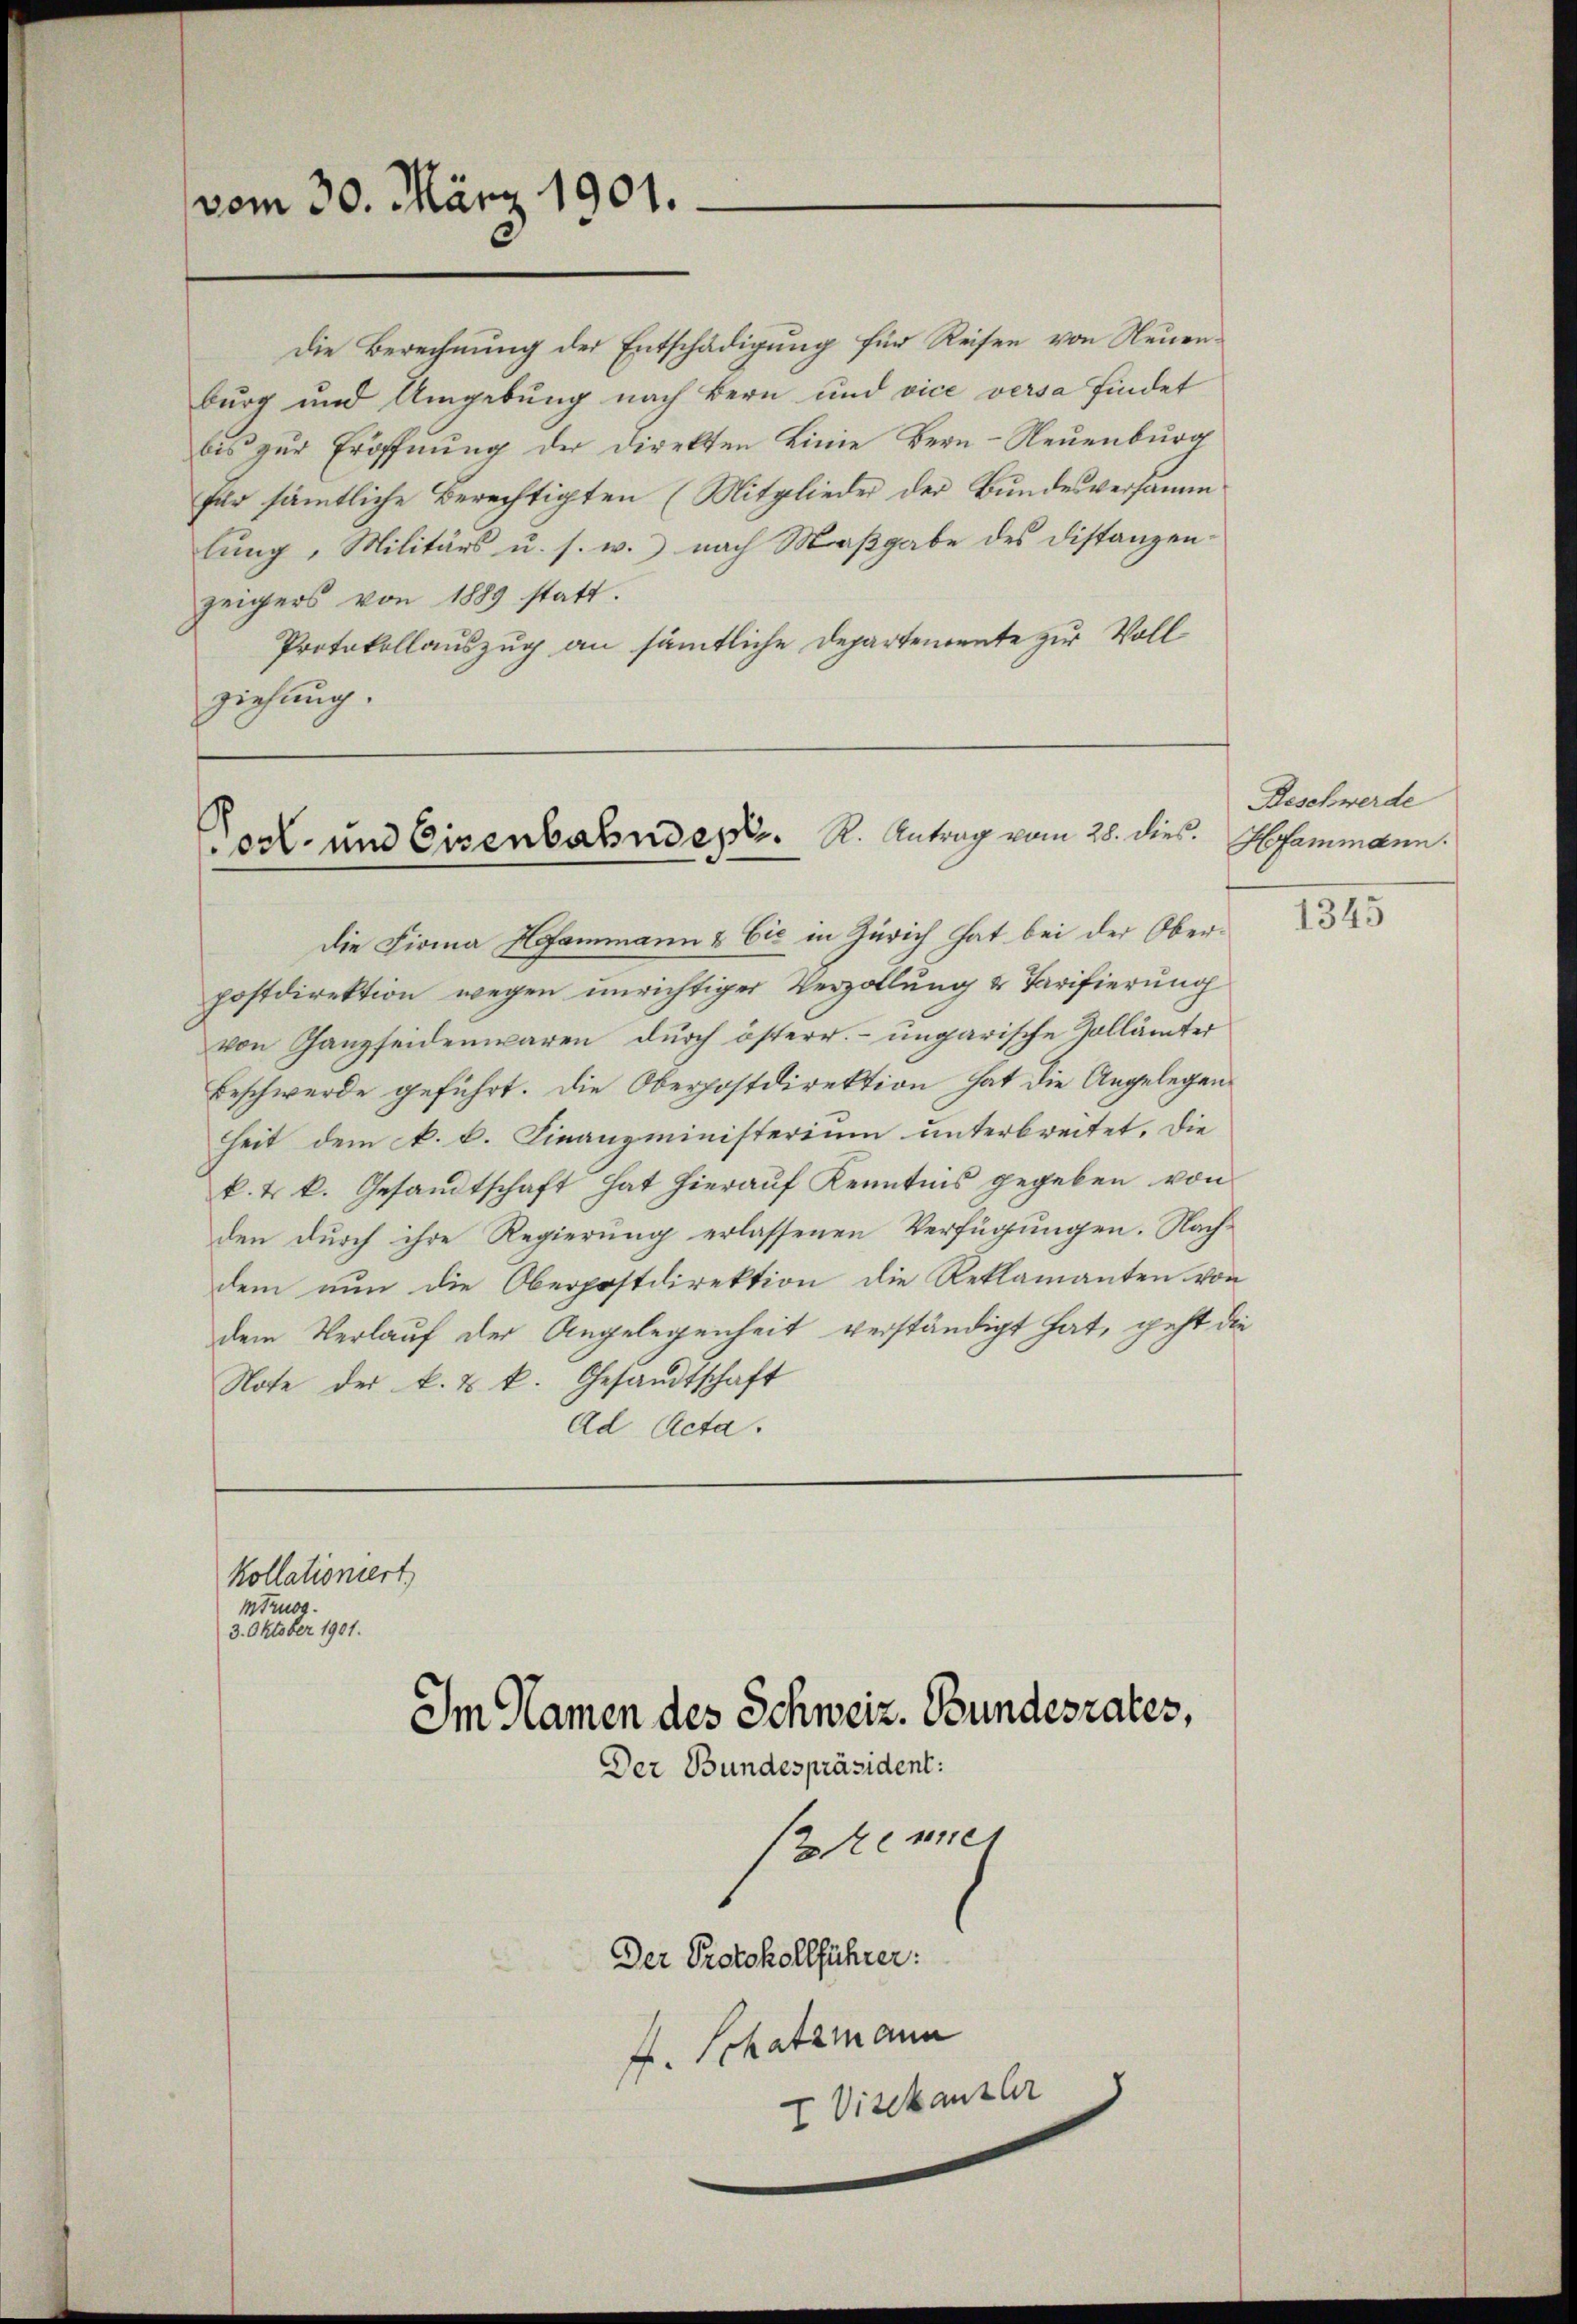
vom 30. März 1901.

Die Berechnung der Entschädigung für Reisen von Neuenburg und Umgebung nach Bern und vice versa findet
bis zur Eröffnung der Direkten Linie Bern-Neuenburg
für sämtliche Berechtigten (Mitglieder der Bundesversamm
lung, Militärs u. s. w. nach Maßgabe des Distanzen-
zeigers von 1889 statt.
Protokollauszug an sämmtliche Departenannte zur Voll
ziehung.

die Firma Hofammann & Cie in Zürich hat bei der Oberpostdirektion wegen unrichtiger Verzollung & Tarifierung
von Ganzseidenwaren durch österr. ungarische Zollämter
Beschwerde geführt. Die Oberhostdirektion hat die Angelegen
heit dem k. k. Finanzministerium unterbreitet. Die
k. t k. Gesandtschaft hat hierauf Kenntnis gegeben von
den durch ihre Regierung erlassenen Verfügungen. Nachdem nun die Oberpostdirektion die Reklamanten von
dem Verlauf der Angelegenheit verständigt hat, geht die
Note der k. u. k. Gesandtschaft
Ad Acta.

Post- und Eisenbahnder.     K. Antrag vom 28. dies

kollationiert,
mtrug.
3. Oktober 1901.

Der Bundespräsident:
(Brenner
Der Protokollführer:
4. Schatzmann
I Visekanzler

Im Namen des Schweiz. Bundesrates,

Beschwerde
Hofammann.

1345